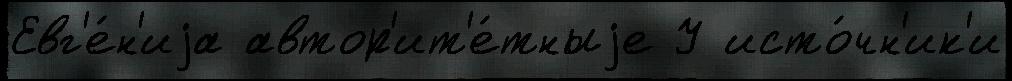
Евг'е́н'иjа автор'ит'е́тныjе У исто́чн'ик'и